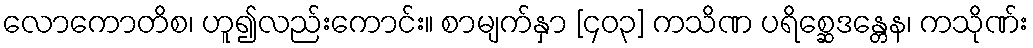
လောကောတိစ၊ ဟူ၍လည်းကောင်း။ စာမျက်နှာ [၄၀၃] ကသိဏ ပရိစ္ဆေဒန္တေန၊ ကသိုဏ်း